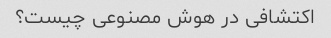
اکتشافی در هوش مصنوعی چیست؟